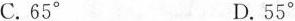
C.65° D.55°